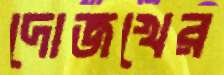
দোজখের